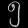
Digit: ၅